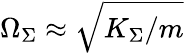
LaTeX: \Omega_{\Sigma}\approx\sqrt{K_{\Sigma}/m}